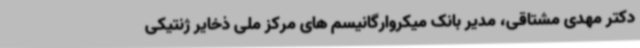
دکتر مهدی مشتاقی، مدیر بانک میکروارگانیسم های مرکز ملی ذخایر ژنتیکی